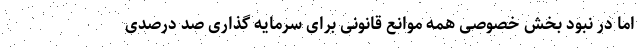
اما در نبود بخش خصوصی همه موانع قانونی برای سرمایه گذاری صد درصدی